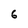
Character: 6